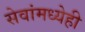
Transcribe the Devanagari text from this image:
सेवांमध्येही